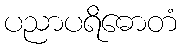
ပညာပရိဓောတံ